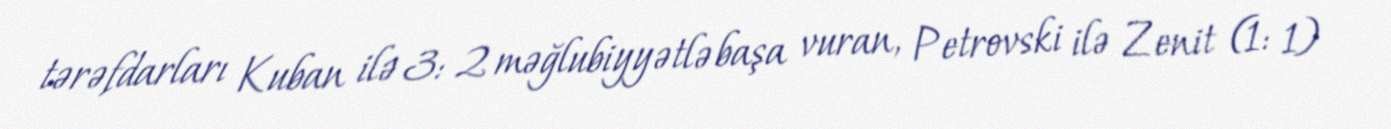
tərəfdarları Kuban ilə 3: 2 məğlubiyyətlə başa vuran, Petrovski ilə Zenit (1: 1)